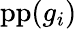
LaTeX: \operatorname{pp}(g_{i})